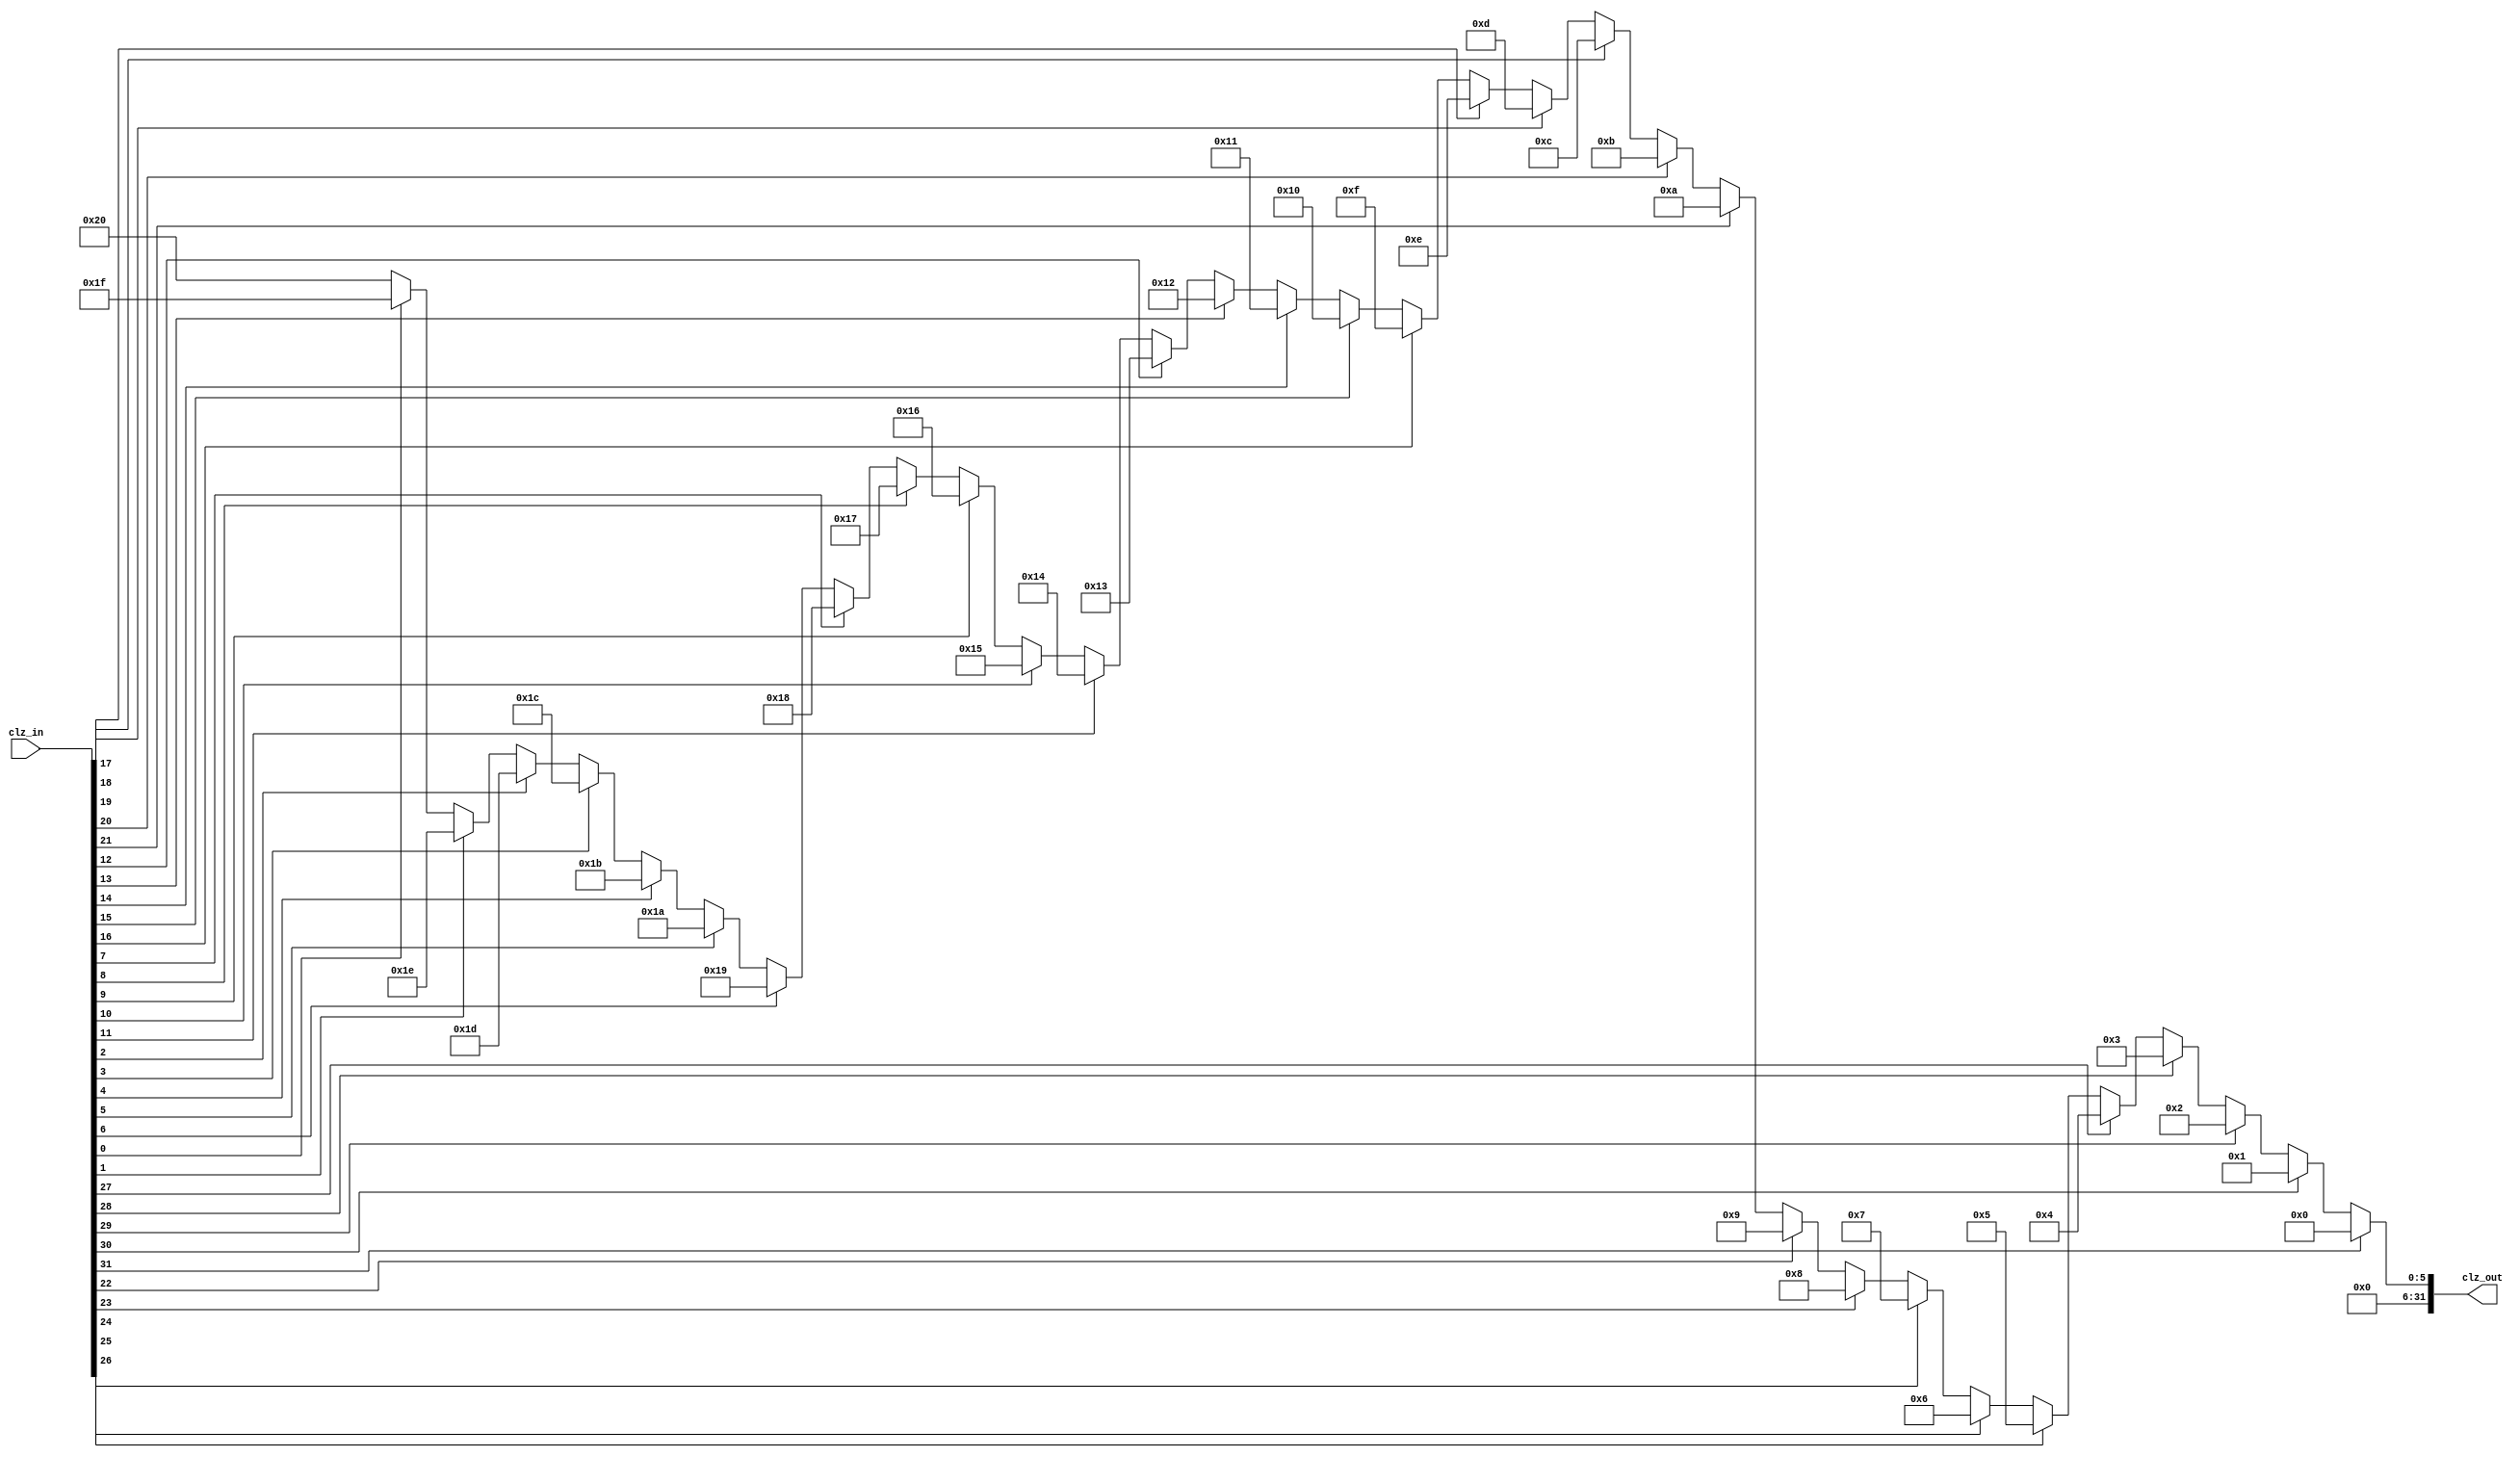
`timescale 1ns / 1ps

module clz(
   input  [31:0]clz_in,
   output [31:0]clz_out
    );
    
     assign clz_out = clz_in[31]==1? 32'h00000000:clz_in[30]==1? 32'h00000001:clz_in[29]==1? 32'h00000002:clz_in[28]==1? 32'h00000003:clz_in[27]==1? 32'h00000004:
                      clz_in[26]==1? 32'h00000005:clz_in[25]==1? 32'h00000006:clz_in[24]==1? 32'h00000007:clz_in[23]==1? 32'h00000008:clz_in[22]==1? 32'h00000009:
                      clz_in[21]==1? 32'h0000000a:clz_in[20]==1? 32'h0000000b:clz_in[19]==1? 32'h0000000c:clz_in[18]==1? 32'h0000000d:clz_in[17]==1? 32'h0000000e:
                      clz_in[16]==1? 32'h0000000f:clz_in[15]==1? 32'h00000010:clz_in[14]==1? 32'h00000011:clz_in[13]==1? 32'h00000012:clz_in[12]==1? 32'h00000013:
                      clz_in[11]==1? 32'h00000014:clz_in[10]==1? 32'h00000015:clz_in[9]==1? 32'h00000016:clz_in[8]==1? 32'h00000017:clz_in[7]==1? 32'h00000018:
                      clz_in[6]==1? 32'h00000019:clz_in[5]==1? 32'h0000001a:clz_in[4]==1? 32'h0000001b:clz_in[3]==1? 32'h0000001c:clz_in[2]==1? 32'h0000001d:
                      clz_in[1]==1? 32'h0000001e:clz_in[0]==1? 32'h0000001f:32'h00000020;
     
endmodule